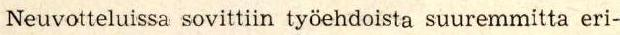
Neuvotteluissa sovittiin työehdoista suuremmitta eri-